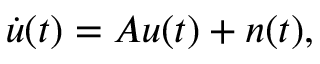
\dot { u } ( t ) = A u ( t ) + n ( t ) ,